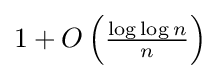
{\textstyle 1+O\left({\frac {\log \log n}{n}}\right)}